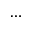
\dots